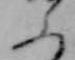
ふ